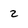
Character: 2